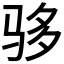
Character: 𬳾